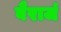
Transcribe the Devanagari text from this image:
वैराजं